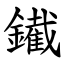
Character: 䥫